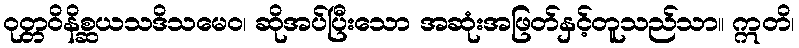
ဝုတ္တဝိနိစ္ဆယသဒိသမေဝ၊ ဆိုအပ်ပြီးသော အဆုံးအဖြတ်နှင့်တူသည်သာ။ ဣတိ၊